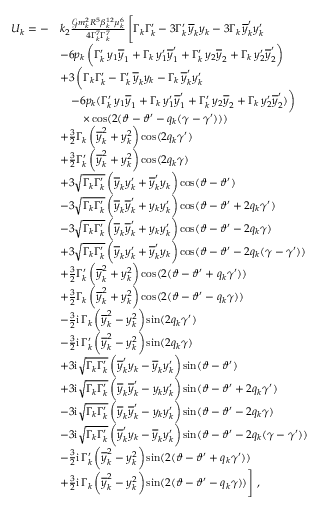
\begin{array} { r l } { U _ { k } = - } & { k _ { 2 } \frac { \mathcal { G } m _ { k } ^ { 2 } R ^ { 5 } \beta _ { k } ^ { 1 2 } \mu _ { k } ^ { 6 } } { 4 \Gamma _ { k } ^ { 7 } \Gamma _ { k } ^ { 7 } } \, \Bigg [ \Gamma _ { k } \Gamma _ { k } ^ { \prime } - 3 \Gamma _ { k } ^ { \prime } \, \overline { { y } } _ { k } y _ { k } - 3 \Gamma _ { k } \, \overline { { y } } _ { k } ^ { \prime } y _ { k } ^ { \prime } } \\ & { - 6 p _ { k } \, \bigg ( \Gamma _ { k } ^ { \prime } \, y _ { 1 } \overline { { y } } _ { 1 } + \Gamma _ { k } \, y _ { 1 } ^ { \prime } \overline { { y } } _ { 1 } ^ { \prime } + \Gamma _ { k } ^ { \prime } \, y _ { 2 } \overline { { y } } _ { 2 } + \Gamma _ { k } \, y _ { 2 } ^ { \prime } \overline { { y } } _ { 2 } ^ { \prime } \bigg ) } \\ & { + 3 \, \bigg ( \Gamma _ { k } \Gamma _ { k } ^ { \prime } - \Gamma _ { k } ^ { \prime } \, \overline { { y } } _ { k } y _ { k } - \Gamma _ { k } \, \overline { { y } } _ { k } ^ { \prime } y _ { k } ^ { \prime } } \\ & { \quad - 6 p _ { k } ( \Gamma _ { k } ^ { \prime } \, y _ { 1 } \overline { { y } } _ { 1 } + \Gamma _ { k } \, y _ { 1 } ^ { \prime } \overline { { y } } _ { 1 } ^ { \prime } + \Gamma _ { k } ^ { \prime } \, y _ { 2 } \overline { { y } } _ { 2 } + \Gamma _ { k } \, y _ { 2 } ^ { \prime } \overline { { y } } _ { 2 } ^ { \prime } ) \bigg ) } \\ & { \quad \quad \times \cos ( 2 ( \vartheta - \vartheta ^ { \prime } - q _ { k } ( \gamma - \gamma ^ { \prime } ) ) ) } \\ & { + \frac { 3 } { 2 } \Gamma _ { k } \, \bigg ( \overline { { y } } _ { k } ^ { 2 } + y _ { k } ^ { 2 } \bigg ) \cos ( 2 q _ { k } \gamma ^ { \prime } ) } \\ & { + \frac { 3 } { 2 } \Gamma _ { k } ^ { \prime } \, \bigg ( \overline { { y } } _ { k } ^ { 2 } + y _ { k } ^ { 2 } \bigg ) \cos ( 2 q _ { k } \gamma ) } \\ & { + 3 \sqrt { \Gamma _ { k } \Gamma _ { k } ^ { \prime } } \, \bigg ( \overline { { y } } _ { k } y _ { k } ^ { \prime } + \overline { { y } } _ { k } ^ { \prime } y _ { k } \bigg ) \cos ( \vartheta - \vartheta ^ { \prime } ) } \\ & { - 3 \sqrt { \Gamma _ { k } \Gamma _ { k } ^ { \prime } } \, \bigg ( \overline { { y } } _ { k } \overline { { y } } _ { k } ^ { \prime } + y _ { k } y _ { k } ^ { \prime } \bigg ) \cos ( \vartheta - \vartheta ^ { \prime } + 2 q _ { k } \gamma ^ { \prime } ) } \\ & { - 3 \sqrt { \Gamma _ { k } \Gamma _ { k } ^ { \prime } } \, \bigg ( \overline { { y } } _ { k } \overline { { y } } _ { k } ^ { \prime } + y _ { k } y _ { k } ^ { \prime } \bigg ) \cos ( \vartheta - \vartheta ^ { \prime } - 2 q _ { k } \gamma ) } \\ & { + 3 \sqrt { \Gamma _ { k } \Gamma _ { k } ^ { \prime } } \, \bigg ( \overline { { y } } _ { k } y _ { k } ^ { \prime } + \overline { { y } } _ { k } ^ { \prime } y _ { k } \bigg ) \cos ( \vartheta - \vartheta ^ { \prime } - 2 q _ { k } ( \gamma - \gamma ^ { \prime } ) ) } \\ & { + \frac { 3 } { 2 } \Gamma _ { k } ^ { \prime } \, \bigg ( \overline { { y } } _ { k } ^ { 2 } + y _ { k } ^ { 2 } \bigg ) \cos ( 2 ( \vartheta - \vartheta ^ { \prime } + q _ { k } \gamma ^ { \prime } ) ) } \\ & { + \frac { 3 } { 2 } \Gamma _ { k } \, \bigg ( \overline { { y } } _ { k } ^ { 2 } + y _ { k } ^ { 2 } \bigg ) \cos ( 2 ( \vartheta - \vartheta ^ { \prime } - q _ { k } \gamma ) ) } \\ & { - \frac { 3 } { 2 } \mathrm { i } \, \Gamma _ { k } \, \bigg ( \overline { { y } } _ { k } ^ { 2 } - y _ { k } ^ { 2 } \bigg ) \sin ( 2 q _ { k } \gamma ^ { \prime } ) } \\ & { - \frac { 3 } { 2 } \mathrm { i } \, \Gamma _ { k } ^ { \prime } \, \bigg ( \overline { { y } } _ { k } ^ { 2 } - y _ { k } ^ { 2 } \bigg ) \sin ( 2 q _ { k } \gamma ) } \\ & { + 3 \mathrm { i } \sqrt { \Gamma _ { k } \Gamma _ { k } ^ { \prime } } \, \bigg ( \overline { { y } } _ { k } ^ { \prime } y _ { k } - \overline { { y } } _ { k } y _ { k } ^ { \prime } \bigg ) \sin ( \vartheta - \vartheta ^ { \prime } ) } \\ & { + 3 \mathrm { i } \sqrt { \Gamma _ { k } \Gamma _ { k } ^ { \prime } } \, \bigg ( \overline { { y } } _ { k } \overline { { y } } _ { k } ^ { \prime } - y _ { k } y _ { k } ^ { \prime } \bigg ) \sin ( \vartheta - \vartheta ^ { \prime } + 2 q _ { k } \gamma ^ { \prime } ) } \\ & { - 3 \mathrm { i } \sqrt { \Gamma _ { k } \Gamma _ { k } ^ { \prime } } \, \bigg ( \overline { { y } } _ { k } \overline { { y } } _ { k } ^ { \prime } - y _ { k } y _ { k } ^ { \prime } \bigg ) \sin ( \vartheta - \vartheta ^ { \prime } - 2 q _ { k } \gamma ) } \\ & { - 3 \mathrm { i } \sqrt { \Gamma _ { k } \Gamma _ { k } ^ { \prime } } \, \bigg ( \overline { { y } } _ { k } ^ { \prime } y _ { k } - \overline { { y } } _ { k } y _ { k } ^ { \prime } \bigg ) \sin ( \vartheta - \vartheta ^ { \prime } - 2 q _ { k } ( \gamma - \gamma ^ { \prime } ) ) } \\ & { - \frac { 3 } { 2 } \mathrm { i } \, \Gamma _ { k } ^ { \prime } \, \bigg ( \overline { { y } } _ { k } ^ { 2 } - y _ { k } ^ { 2 } \bigg ) \sin ( 2 ( \vartheta - \vartheta ^ { \prime } + q _ { k } \gamma ^ { \prime } ) ) } \\ & { + \frac { 3 } { 2 } \mathrm { i } \, \Gamma _ { k } \, \bigg ( \overline { { y } } _ { k } ^ { 2 } - y _ { k } ^ { 2 } \bigg ) \sin ( 2 ( \vartheta - \vartheta ^ { \prime } - q _ { k } \gamma ) ) \Bigg ] \ , } \end{array}